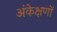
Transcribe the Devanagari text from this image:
अंकेक्षणों